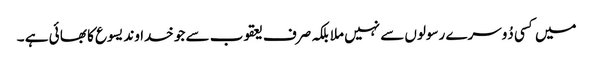
میں کسی دُوسرے رسولوں سے نہیں ملا بلکہ صرف یعقوب سے جو خدا وند یسوع کا بھا ئی ہے ۔